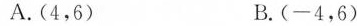
A.(4,6)B.(-4,6）